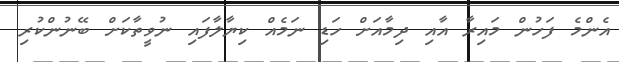
އެންމެ ފަހުން މައިރާ އާއި ދިމާއަށް ހަޑި ނަމެއް ކިޔާލާފައި ނުވީތާކަށް ބޭނުންކުރި